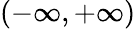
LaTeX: (-\infty,+\infty)